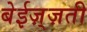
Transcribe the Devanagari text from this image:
बेईज़्ज़ती